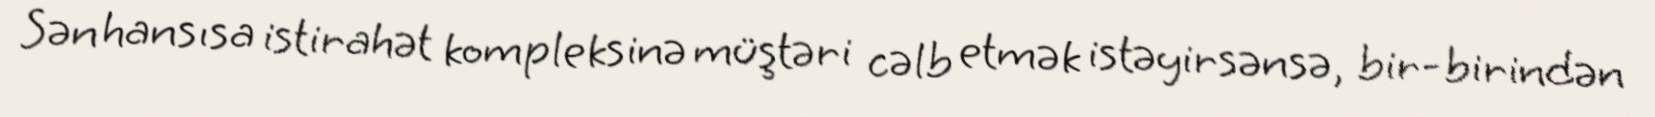
Sən hansısa istirahət kompleksinə müştəri cəlb etmək istəyirsənsə, bir-birindən